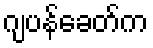
ဂျပန်ခေတ်က